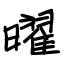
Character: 曜